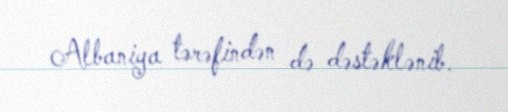
Albaniya tərəfindən də dəstəklənib.